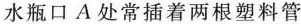
水瓶口A处常插着两根塑料管